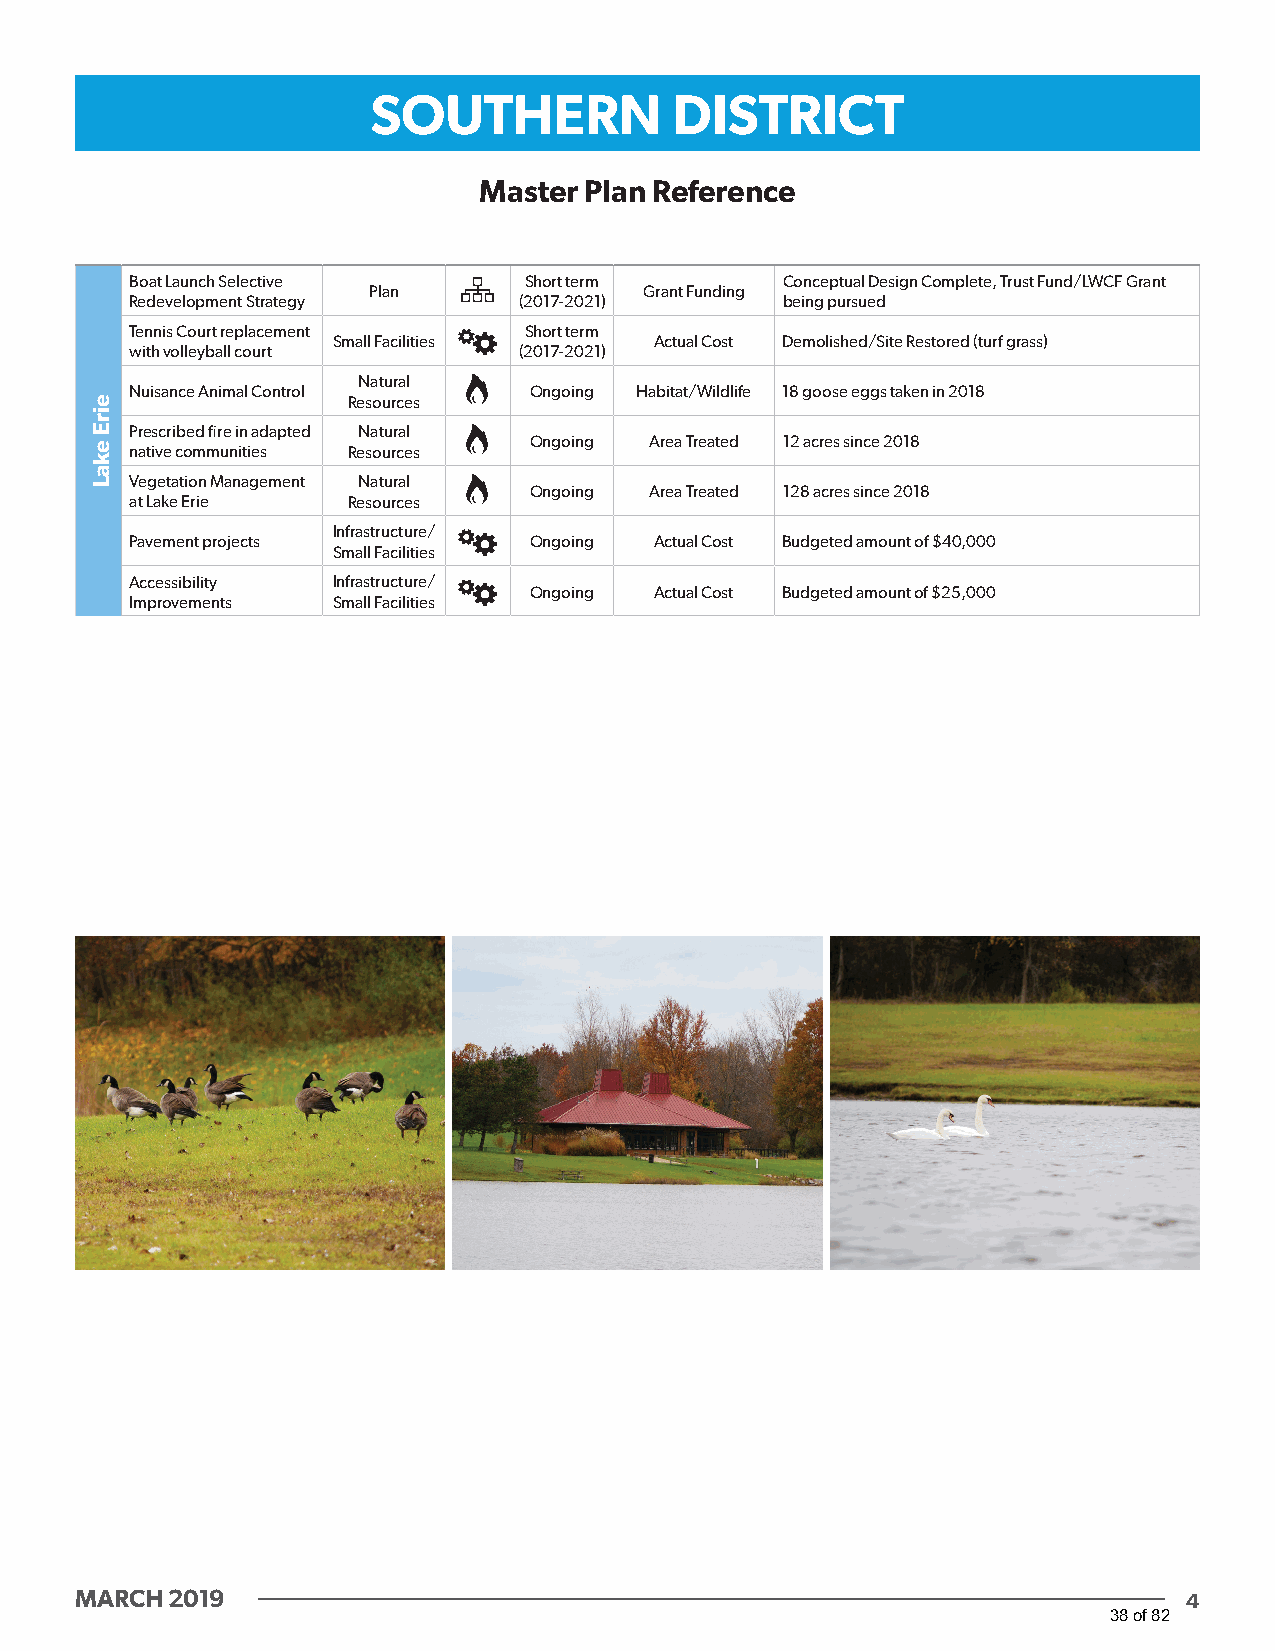
SOUTHERN            DISTRICT
 Master Plan Reference
 Boat Launch Selective     Short term       Conceptual Design Complete, Trust Fund/LWCF Grant
 Plan               Grant Funding
 Redevelopment Strategy   (2017-2021)       being pursued
 Tennis Court replacement  Short term
 Small Facilities     Actual Cost Demolished/Site Restored (turf grass)
 with volleyball court    (2017-2021)
 Natural
 Nuisance Animal Control   Ongoing Habitat/Wildlife 18 goose eggs taken in 2018
 Resources
 Prescribed fire in adapted Natural
 Ongoing Area Treated 12 acres since 2018 native communities Resources
 Vegetation Management Natural
 Ongoing Area Treated 128 acres since 2018
 at Lake Erie  Resources
 Infrastructure/
 Pavement projects         Ongoing Actual Cost Budgeted amount of $40,000
 Small Facilities
 Accessibility Infrastructure/
 Ongoing Actual Cost Budgeted amount of $25,000
 Improvements Small Facilities
 MARCH 2019                                                                4
 38 of 82
 eirE
 ekaL